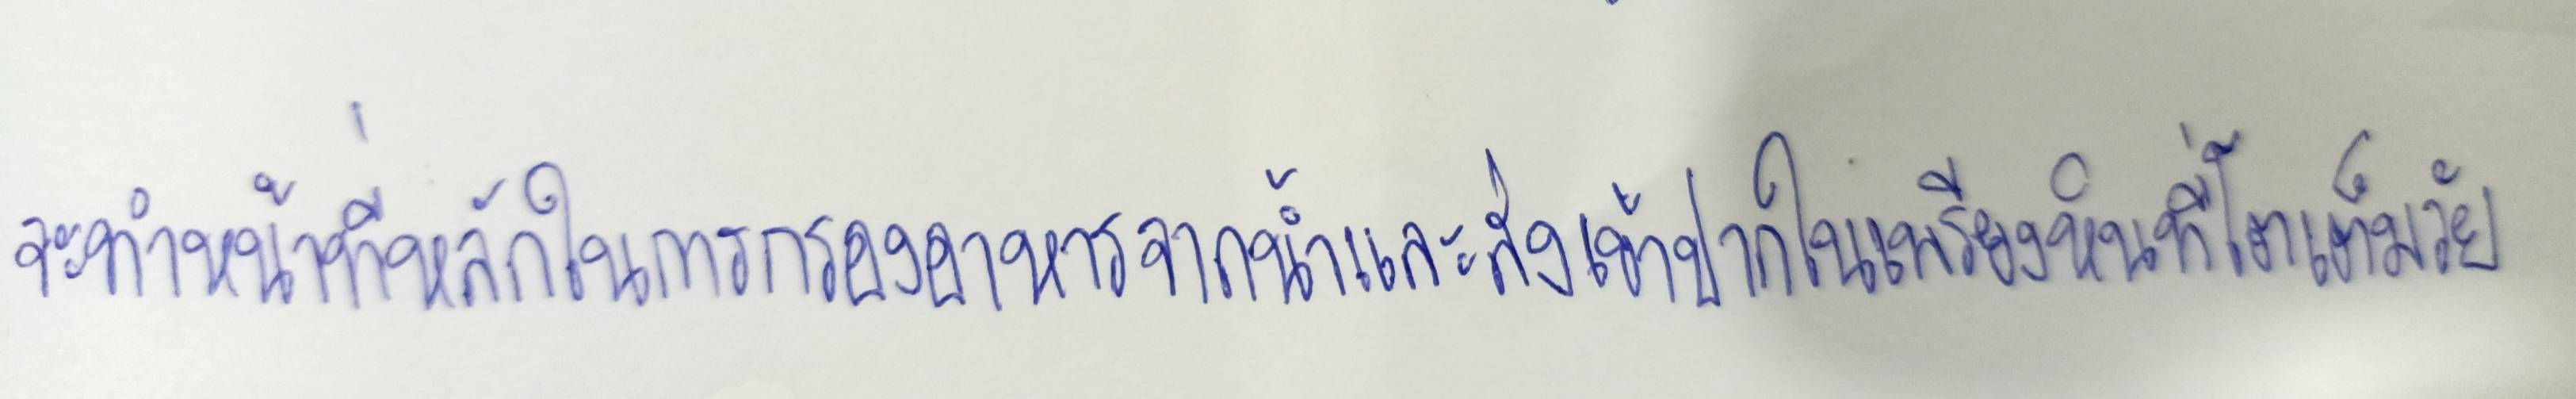
จะทำหน้าที่หลักในการกรองอาหารจากน้ำและส่งเข้าปากในเพรียงหินที่โตเต็มวัย